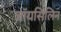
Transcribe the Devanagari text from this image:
जॉयसिलिन